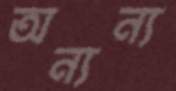
অন্যন্য